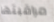
مراقبتها